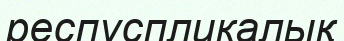
респуспликалық